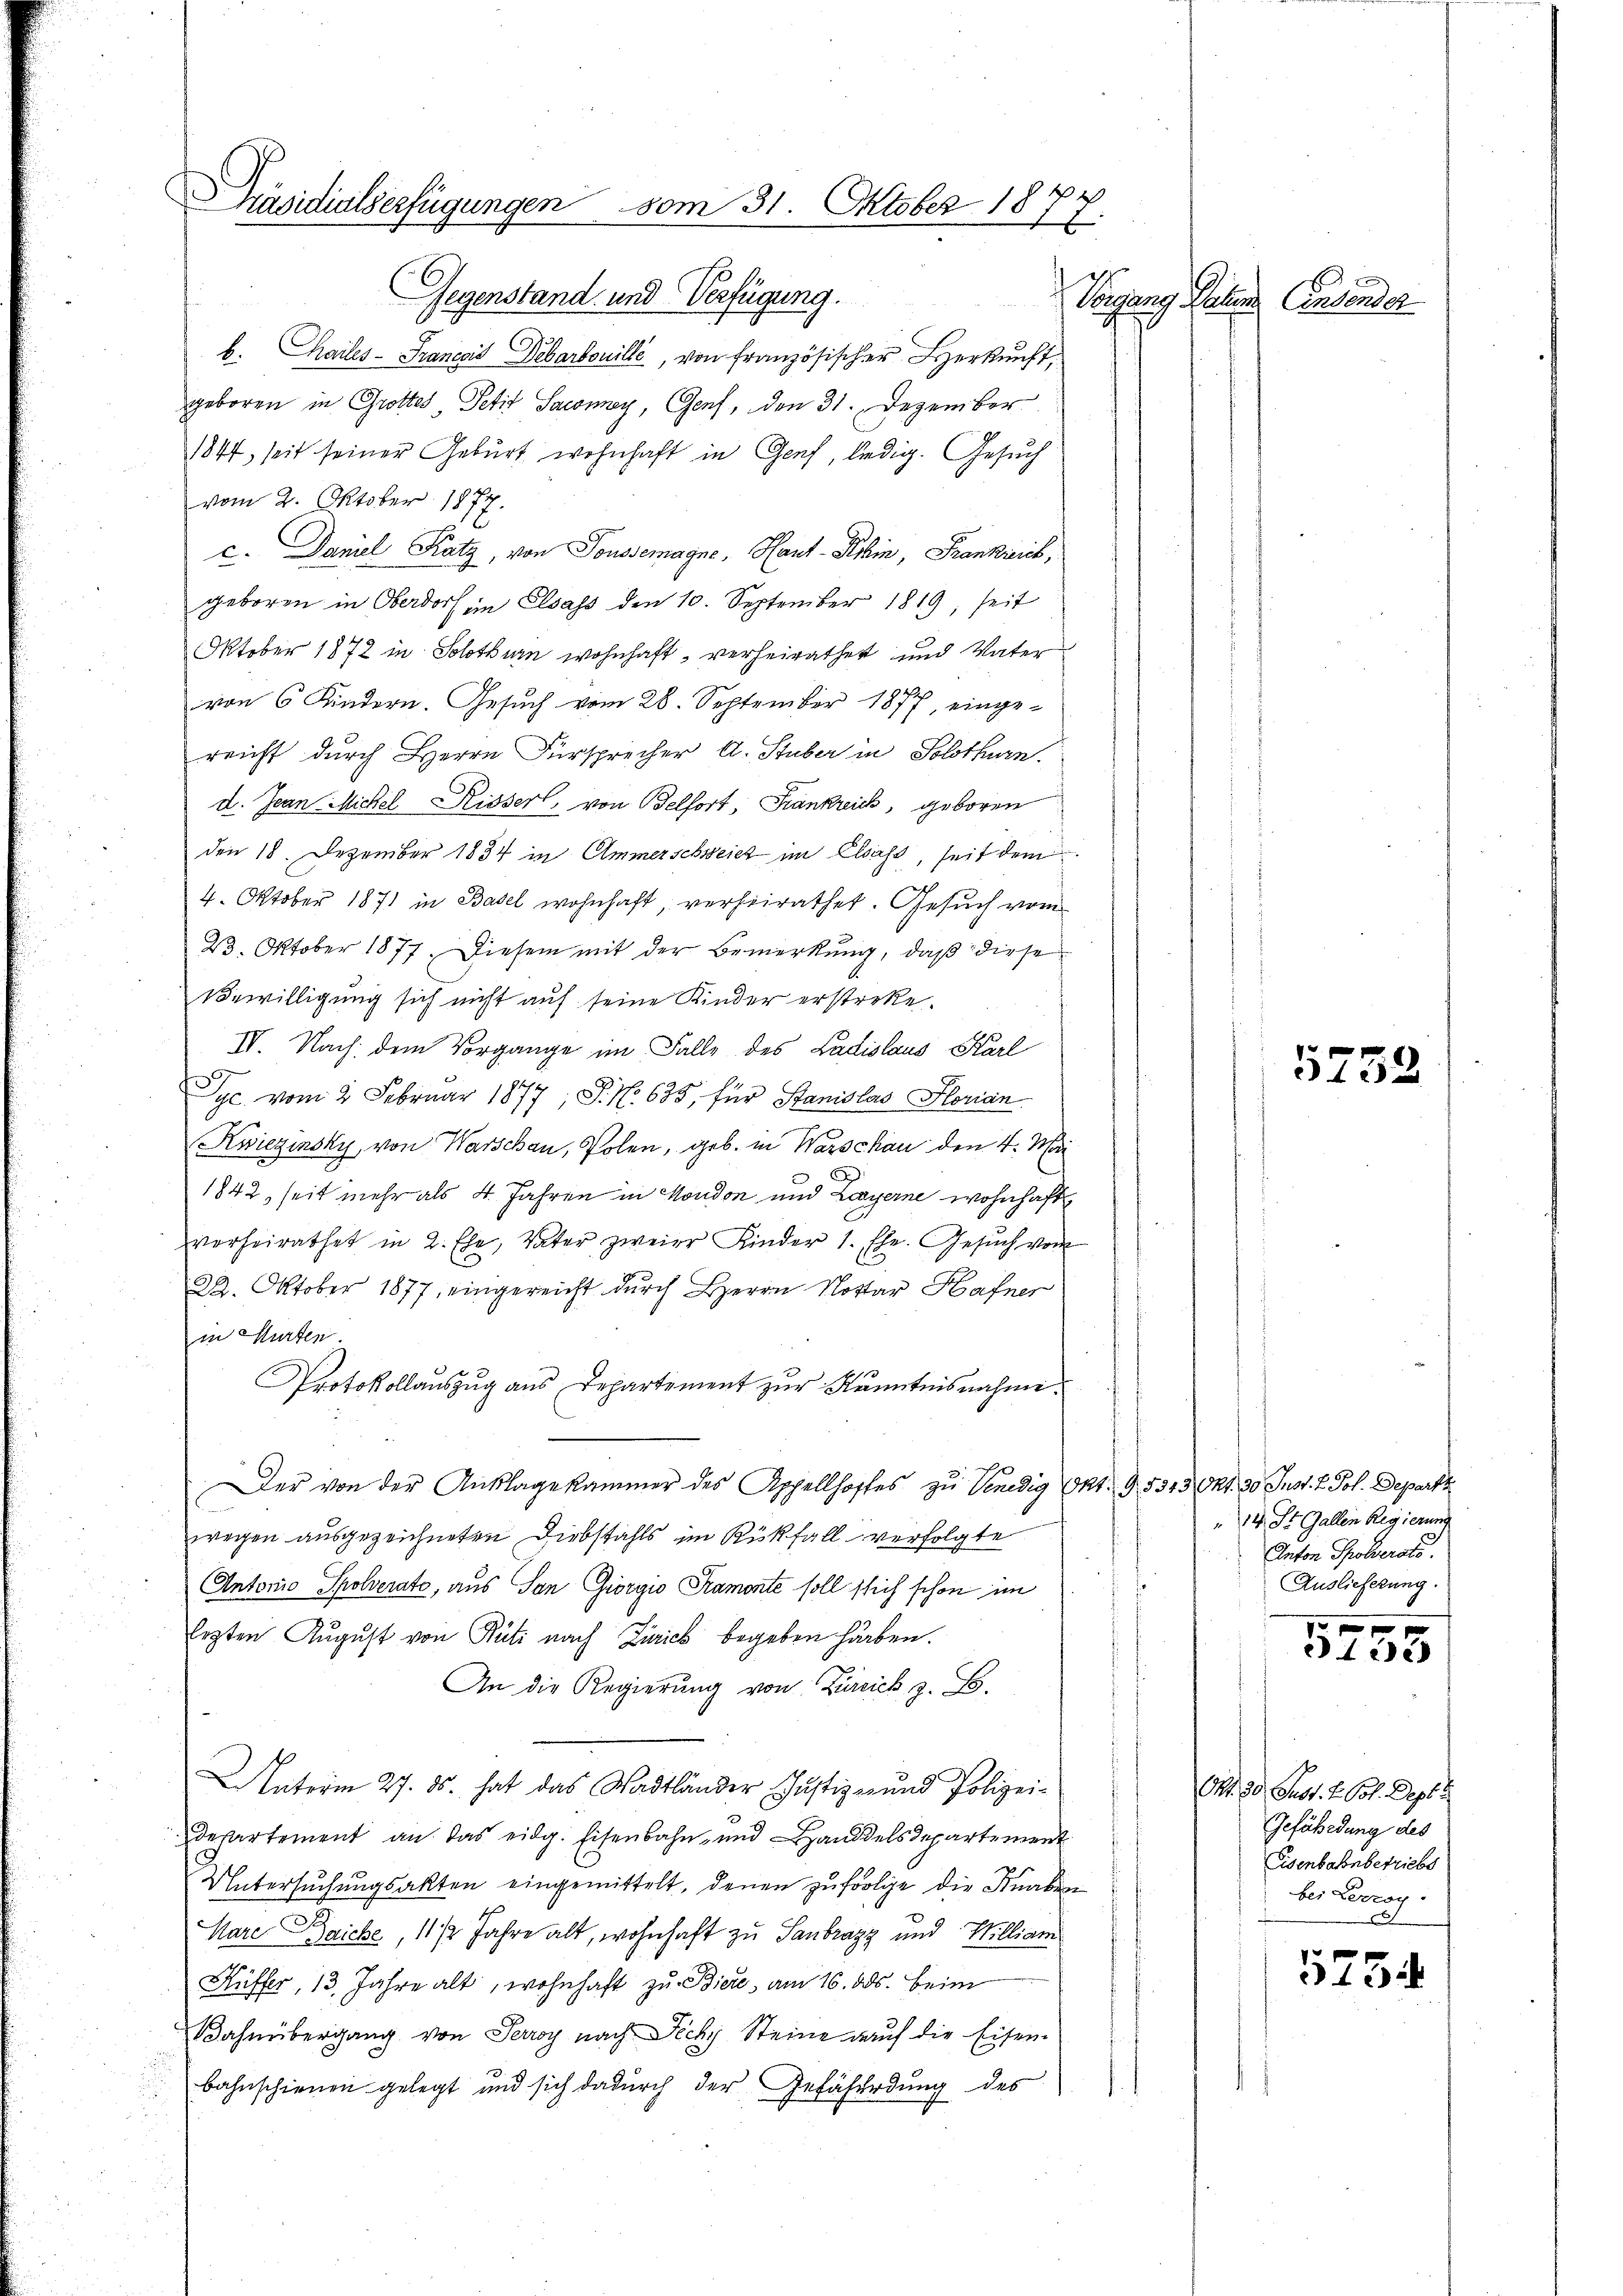
Präsidialserfügungen vom 31. Oktober 1877.

Gegenstand und Verfügung.
b. Chailes - Francois Debarbouille, von französischer Herkunft,
geboren in Grottes, Petit Sawiney, Genf, den 31. Dezember
1844, seit seiner Geburt wohnhaft in Genf, ledig. Gesuch
vom 2. Oktober 1877.
c. Daniel Katz, von Toussemagne, Haut-Kibin, Frankicich,
geboren in Oberdorf im Elsass den 10. September 1819, seit
Oktober 1872 in Solothurn wohnhaft, verheirathet und Vater
von 6 Kindern. Gesuch vom 28. September 1877, einge-
reicht durch Herrn Fürsprecher A. Stuber in Solothurn.
d. Jean Michel Risserl, von Belfort, Frankreich, geboren
den 18. Dezember 1834 in Ammerschweiz im Elsass, seit dem
4. Oktober 1871 in Basel wohnhaft, verheirathet. Gesuch vom
23. Oktober 1877. Diesem mit der Bemerkung, daß diese
Bewilligung sich nicht auf seine Kinder erstreke.
IV. Nach dem Vorgange im Falle des Ladislaus Karl
Syc. vom 2. Februar 1877; P. Nr. 635, für Stanislas Florian
Kwiezinsky, von Warschau, Polen, geb. in Warschau den 4. Mai
1842, seit mehr als 4. Jahren in Moudon und Layerne wohnhaft
verheirathet in 2. Ehe, Vater zweier Kinder 1. Ehe. Gesŭch vom
22. Oktober 1877, eingereicht durch Herrn Notar Hafner
in Hurten.
Protokollauszug aus Departement zur Kenntnisnahme
Der von der Anklagekammer des Appellhoffes zu Venedig Okt. 95513 Okt. 30. Just. v. Joh. Depart
wegen ausgezeichneten Diebstahls im Rückfall verfolgte
Antonio Spolverate, aus San Giorgio Sramonte soll sich schon im
Eezten August von Rüti nach Zürich begeben haben.
An die Regierŭng von Zürich z. B.
Unterm 27. ds. hat das Stadtländer Justiz- und Polizei¬
Departement an das eidg. Eisenbahn- und Handelsdepartement
Untersuchungsakten eingemittelt, denen zu folge die Knaben
Mare Baiche, 11/2 Jahre alt, wohnhaft zu Sanbrazy und William
Küffer, 13. Jahre alt, wohnhaft zu Biere, am 16. ds. beim
Bahnübergang von Perroy nach Zichy Steine auf die Eisenbahnschienen gelegt und sich dadurch der Gefährdung des

Vorgang Salem Einsender

5752

14. St. Gallen Regierung
Anton Proberose.
Auslieferung.

f
3133

Ort. 30. Just. 2. Oct. Dept 1
Gefährdung des
Eisenbahnbetriebs
bei Lovroy.

575